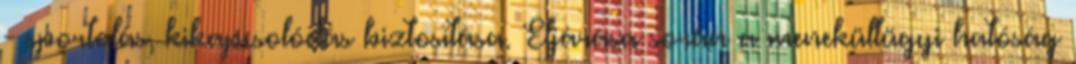
- sportolás, kikapcsolódás biztosítása. Eljárása során a menekültügyi hatóság